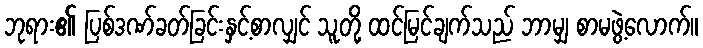
ဘုရား၏ ပြစ်ဒဏ်ခတ်ခြင်းနှင့်စာလျှင် သူတို့ ထင်မြင်ချက်သည် ဘာမျှ စာမဖွဲ့လောက်။